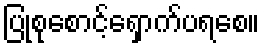
ပြုစုစောင့်ရှောက်ပရစေ။